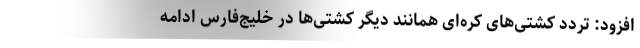
افزود: تردد کشتی‌های کره‌ای همانند دیگر کشتی‌ها در خلیج‌فارس ادامه